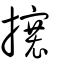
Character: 攐